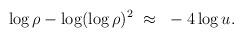
LaTeX: \begin{align*}\log\rho - \log(\log\rho)^2~\approx ~-4\log u.\end{align*}